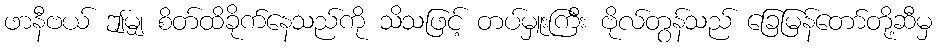
ဖာနီဗယ် ဤမျှ စိတ်ထိခိုက်နေသည်ကို သိသဖြင့် တပ်မှူးကြီး ဗိုလ်တွန်သည် ခြေမြန်တော်တို့ဆီမှ